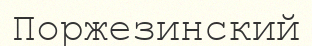
Поржезинский